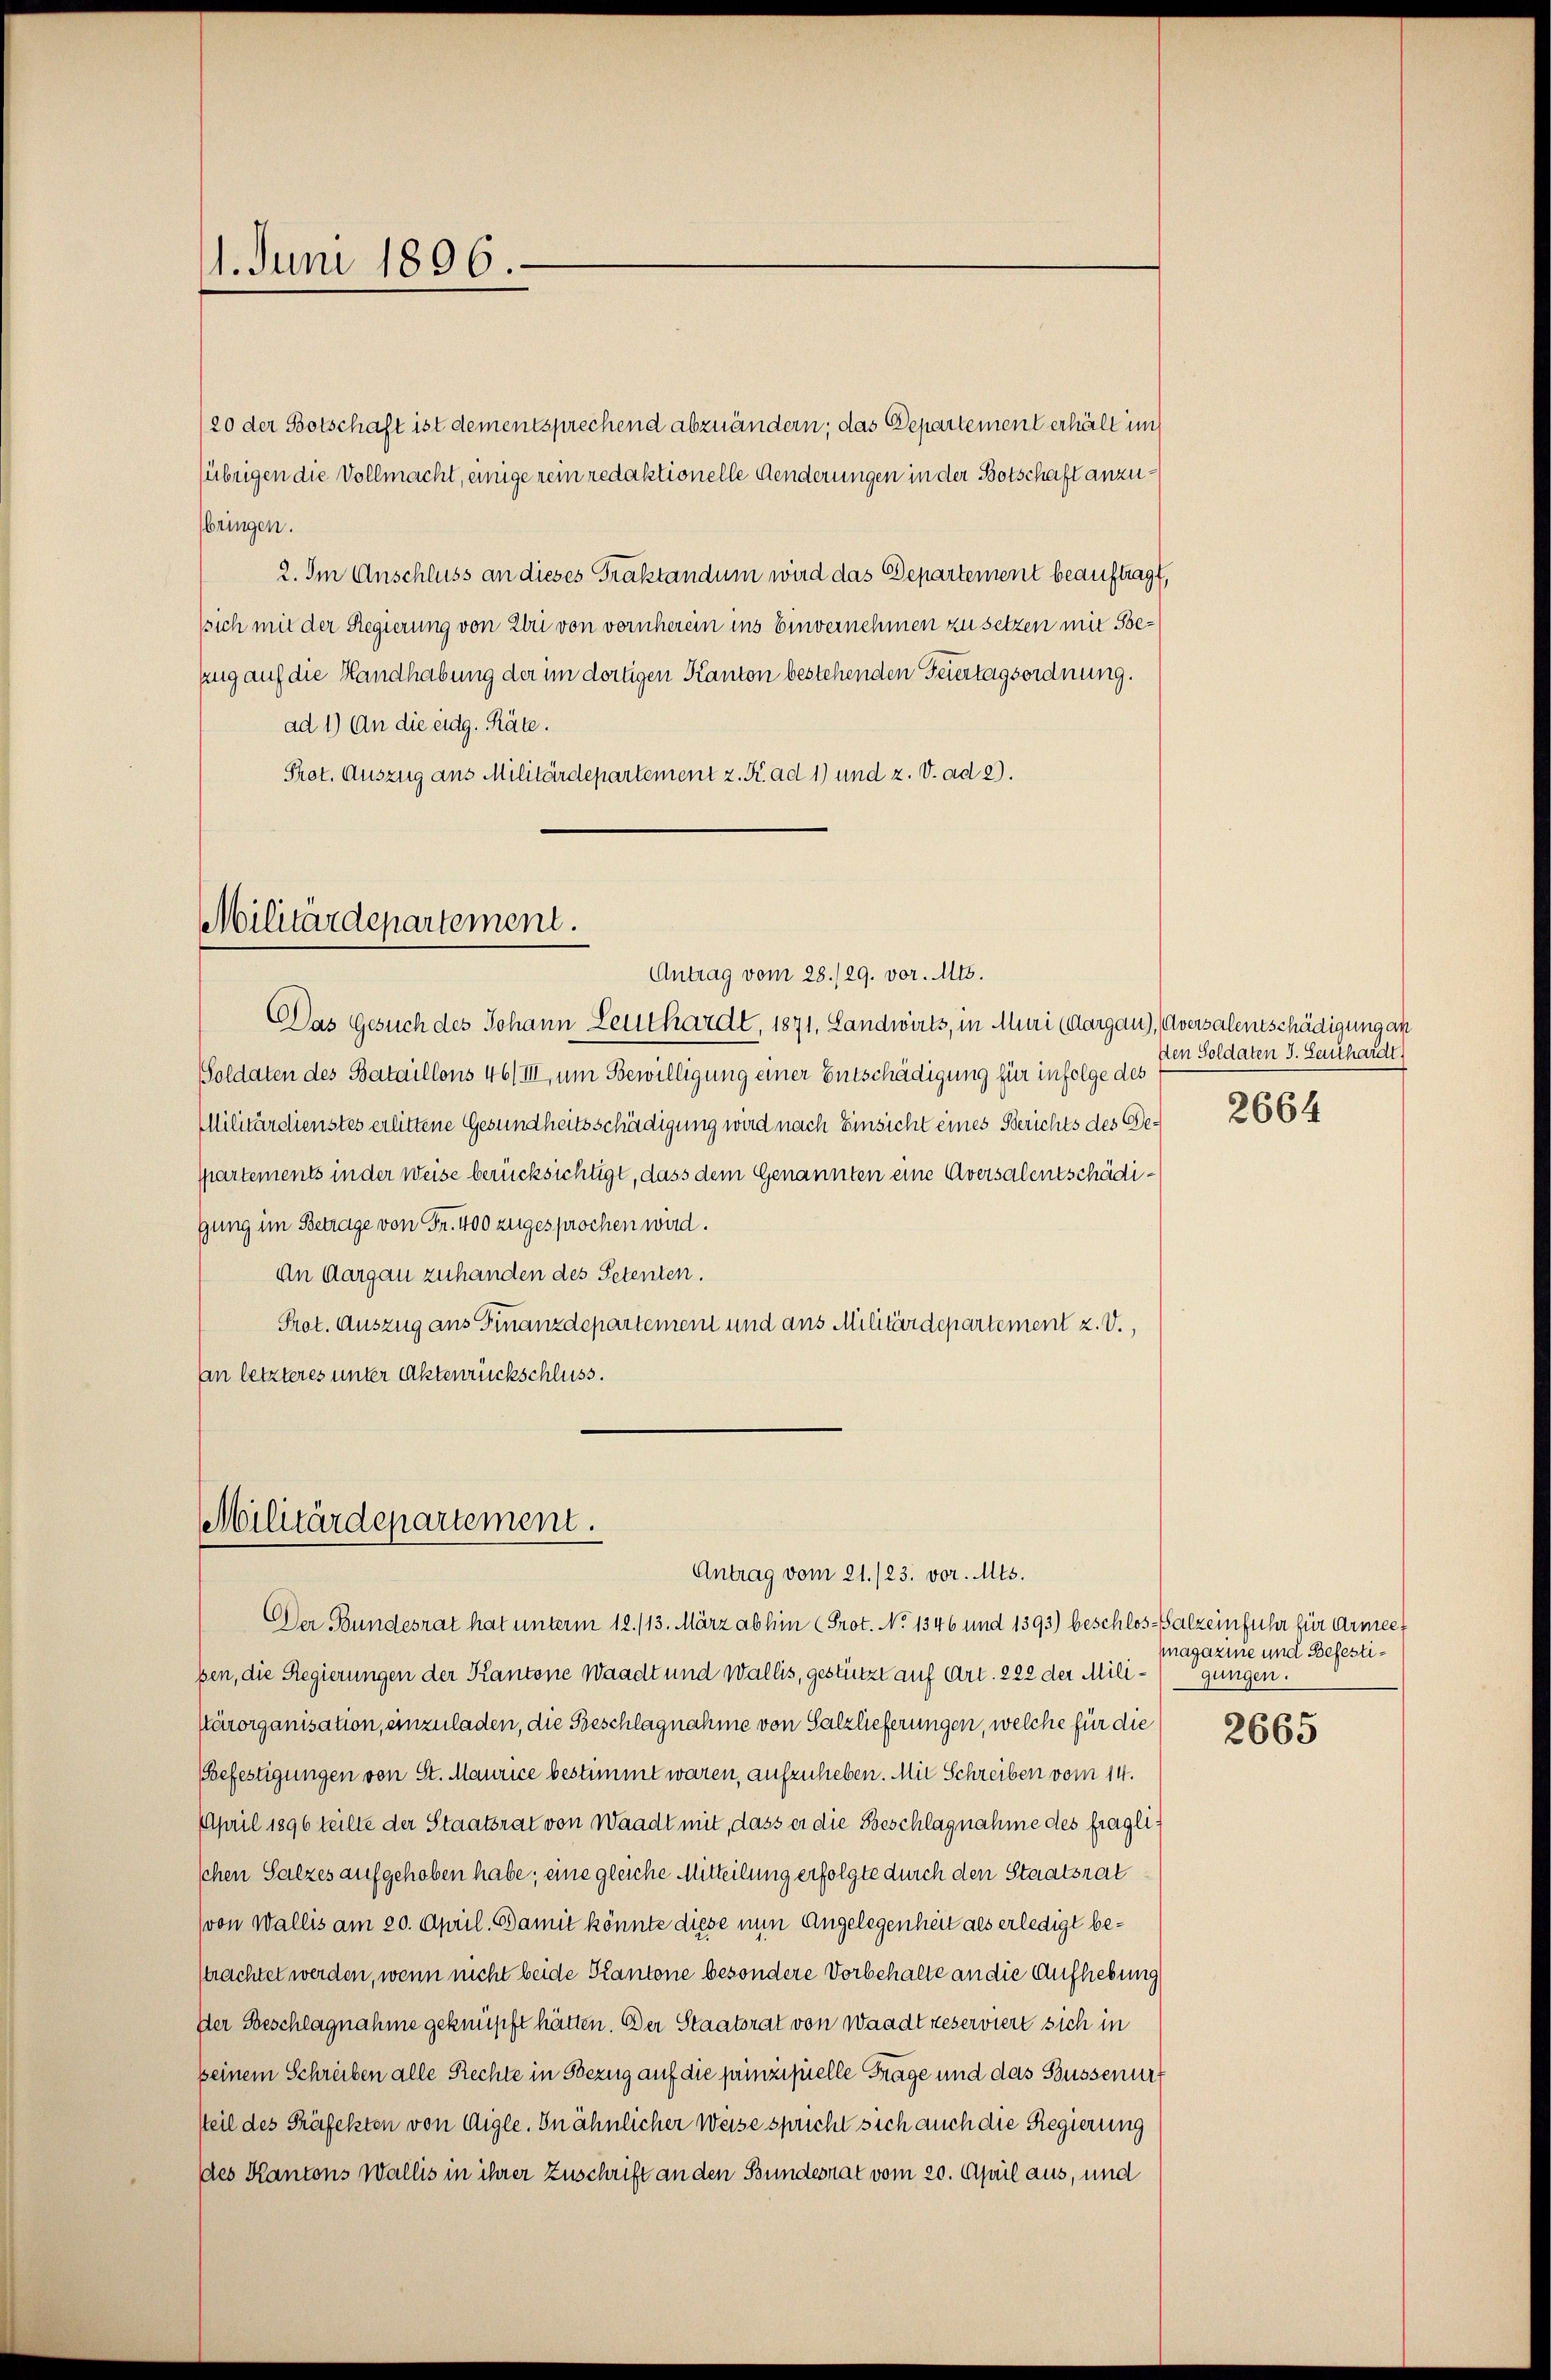
11. Juni 1896

/20 der Botschaft ist dementsprechend abzuändern; das Departement erhält im
(übrigen die Vollmacht, einige rein redaktionelle Aenderungen in der Botschaft anzubringen.
2. Im Anschluss an dieses Traktandum wird das Departement beauftragt,
(sich mit der Regierung von Uri von vornherein ins Einvernehmen zu setzen mit Beung auf die Handhabung der im dortigen Kanton bestehenden Feiertagsordnung.
ad 1.) An die eidg. Räte.
Prot. Auszug aus Militärdepartement z. K. ad 1) und z. V. ad 2.

Militärdepartement.

Das Gesuch des Johann Leuthardt, 1871. Landwirts, in Muri (Aargau), Aversalentschädigung an
Soldaten des Bataillons 46/III, um Bewilligung einer Entschädigung für infolge des
Militärdienstes erlittene Gesundheitsschädigung wird nach Einsicht eines Berichts des Bespartements in der Weise berücksichtigt, dass dem Genannten eine Aversalentschädigung im Betrage von Fr. 400 zugesprochen wird.
An Aargau zuhanden des Petenten.
Prot. Auszug aus Finanzdepartement und aus Militärdepartement z. V.,
An letzteres unter Aktenrückschluss.

Militärdepartement.
Antrag vom 21./23. vor. Mts.

Antrag vom 28./29. vor. Mts.

den Soldaten J. Seithardt
2664

Der Bundesrat hat unterm 12./13. März abhin (Prot. No 1346 und 1393) beschlos-Salzeinfuhr für Armee.
pen, die Regierungen der Kantone Waadt und Wallis, gestützt auf Art. 222 der Mili¬
Ktärorganisation, einzuladen, die Beschlagnahme von Salzlieferungen, welche für die
(Befestigungen von St. Maurice bestimmt waren, aufzuheben. Mit Schreiben vom 14.
April 1896 teilte der Staatsrat von Waadt mit, dass er die Beschlagnahme des fragli
schen Salzes aufgehoben habe; eine gleiche Mitteilung erfolgte durch den Staatsrat
(von Wallis am 20. April. Damit könnte diese nun Angelegenheit als erledigt beptrachtet werden, wenn nicht beide Kantone besondere Vorbehalte an die Aufhebung
Der Beschlagnahme geknüpft hätten. Der Staatsrat von Waadt reserviert sich in
seinem Schreiben alle Rechte in Bezug auf die prinzipielle Frage und das Bussenurt
tteil des Präfekten von Aigle. In ähnlicher Weise spricht sich auch die Regierung
des Kantons Wallis in ihrer Zuschrift an den Bundesrat vom 20. April aus, und

Magazine und Befestigungen.

2665